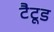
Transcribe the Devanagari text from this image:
टैटूड